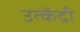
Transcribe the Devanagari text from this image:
उत्केंद्री